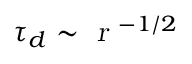
\tau _ { d } \sim \textsl { r } ^ { - 1 / 2 }